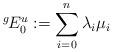
LaTeX: \begin{align*}^{g\!}E^u_0 := \sum_{i=0}^{n} \lambda_i \mu_i\end{align*}